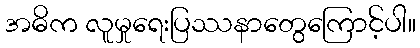
အဓိက လူမှုရေးပြဿနာတွေကြောင့်ပါ။